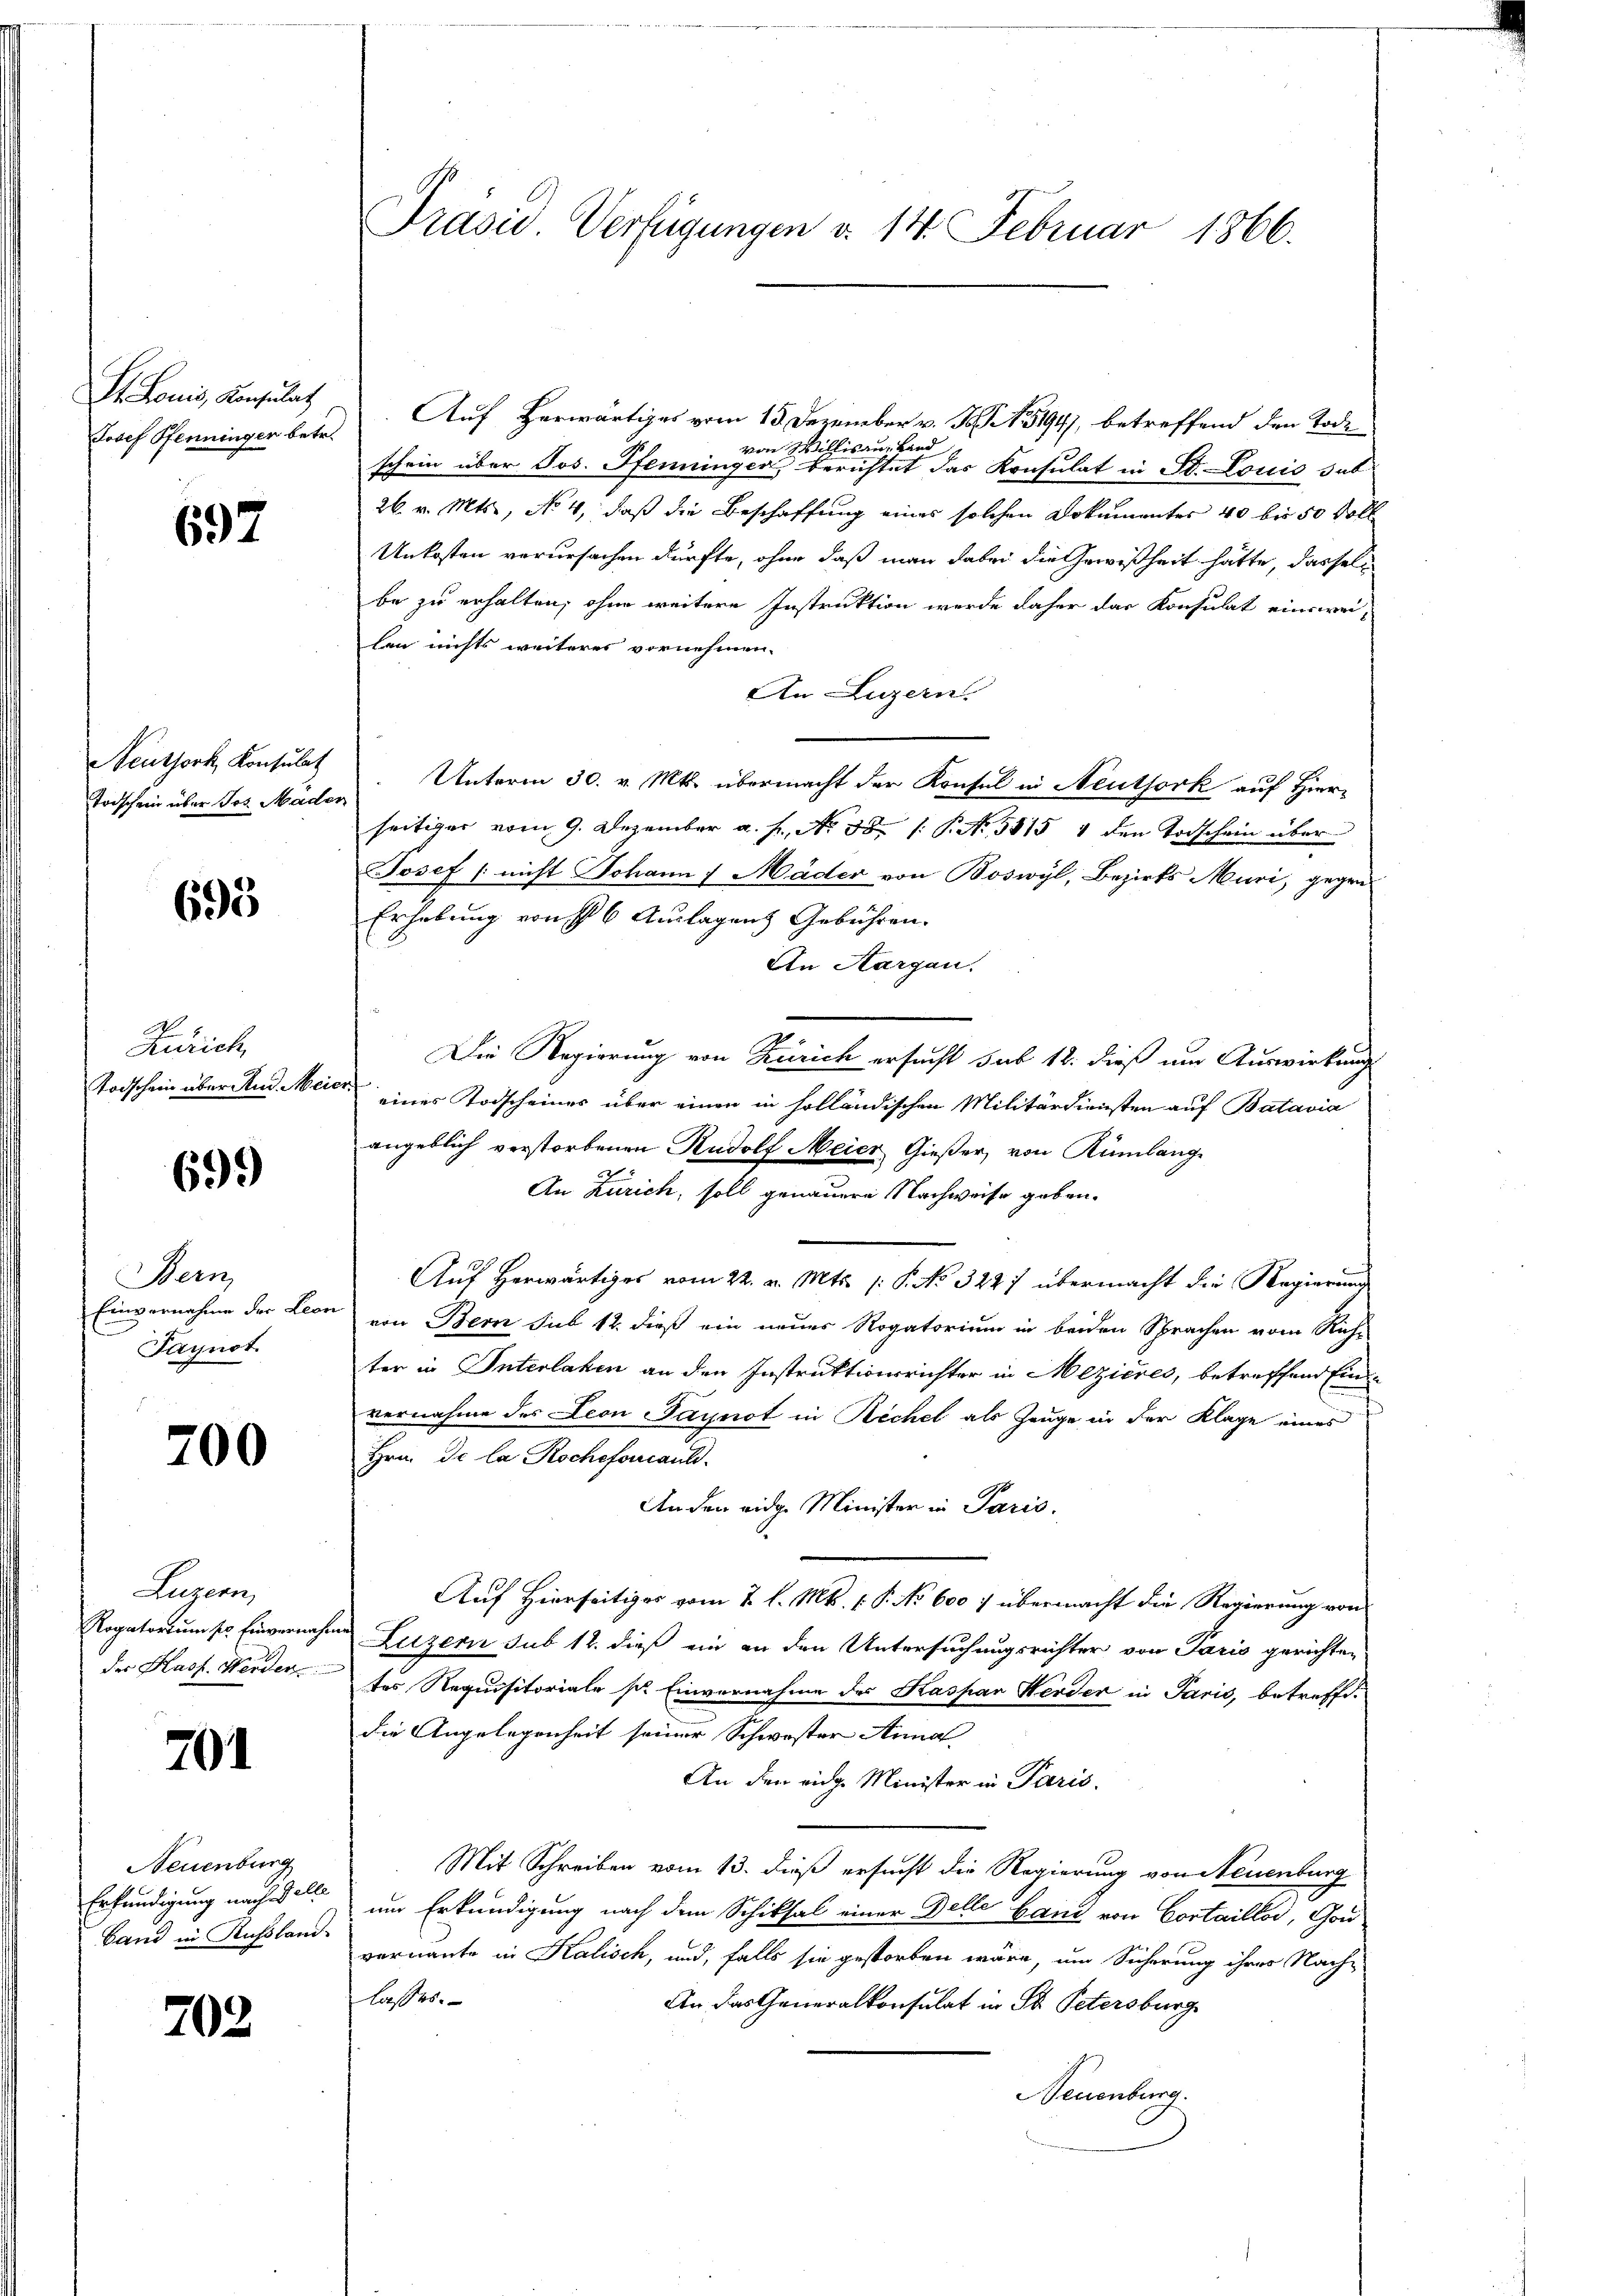
I. Louis, Konsulat
Josef Pfenninger betr.

697

Neuthork, Konsulat
Todschein über Jos. Mader

695

M
Zürich,
Todschein über und Meier.

699)

Bern,
Paynot.

200

Luzern,
Rogatorium st. Einvernah¬

701

Neuenburg
band in Rußland-

702

Auf Herwärtiges vom 13. Dezember v. J. 15194), betreffend den Tode
von Willisau, Band
schein über Jos. Pfenninger, berichtet das Konsulat in St. Louis sub
26. v. Mts., No 4, daß die Beschaffung eines solchen Dokumentes 40 bis 50 voll
Unkosten verursachen dürfte, ohne daß man dabei die Gewißheit hätte, dasselbe zu erhalten, ohne weitere Instruktion werde daher das Konsulat einswei-
len nichts weiteres vornehmen.
An Luzern.
Unterm 30. v. Mts. übermacht der Konsul in Neuthork auf Hier-
seitiger vom 9. Dezember a. f., No. 58 (: P. Nr. 5815 4 den Todschein über
Josef (nicht Johann 1 Mäder von Boswyl, Bezirks Muri, gegen
Erhebung von 6 Auslagen Gebühren.
An Aargau.
Die Regierung von Zürich ersucht sub 18. dieß um Auswirkung
eines Todscheines über einen in holländischen Militärdiensten auf Batavia
angeblich verstorbenen Rudolf Meier Gießer, von Rümlange
An Zürich, soll genauere Nachweise geben.
Auf Herwärtiges vom 22. v. Mts. (: P. No. 3227 übermacht die Regierung
Einvernahme der Leon von Bern sub 12 dieß ein neues Rogatorium in beiden Sprachen vom Rich-
ter in Interlaken an den Instruktionsrichter in Mezieres, betreffend Einvernahme des Leon Paynot in Rechel als Zeuge in der Klage eines
Hrn. De la Rocheforaus.
An der eidg. Minister in Paris.
Auf Hierseitiges vom 2. l. Mk. P. No 600 f übermacht die Regierung von
nd Luzern sub 12. dieß ein an den Untersuchungsrichter von Paris gerichten
Dr. Hass. Werdertes Requisitoriale s. Einvernahme des Kaspar Werder in Paris, betreffedie Angelegenheit seiner Schwester Anna
An den einge Minister in Paris.
Mit Schreiben vom 13. dieß ersucht die Regierung von Neuenburg
Erkundigung nach um Erkundigung nach dem Schiksal einer Delle band von Cortaillod, Gouvernannte in Kalisch, und, falls sie gestorben wäre, um Sicherung ihres Nach-
lasses.
An das Generalkonsulat in St. Petersburg
Neuenburg.

Präsid. Verfügungen d. 14. Februar 1866.